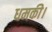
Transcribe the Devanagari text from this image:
धमकी।